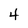
Character: 4